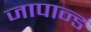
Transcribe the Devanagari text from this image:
जापान्ड